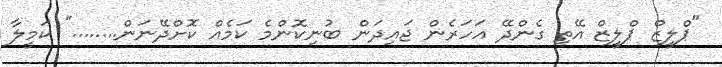
"ޕްލީޒް ޕްލީޒް އޭތި ގެންދޭ އަހަރެން ޖައިދަން ބުނިކޮންމެ ކަމެއް ކޮށްދޭނަން........" ކަމީލާ